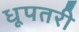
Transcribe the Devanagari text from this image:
धूपतरी